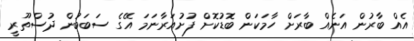
އެއް ބާރުން އަނެއް ބާރަށް ހާމަކަން ބޮޑުކޮށް ފުށުއަރާނަމަ އޭގެ ސަބަބުން ދުސްތޫރީ